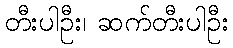
တီးပါဦး၊ ဆက်တီးပါဦး